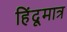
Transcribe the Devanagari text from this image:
हिंदूमात्र